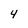
Character: 4